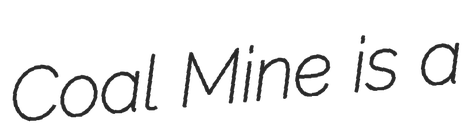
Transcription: Coal Mine is a